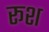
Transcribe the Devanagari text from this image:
रूश